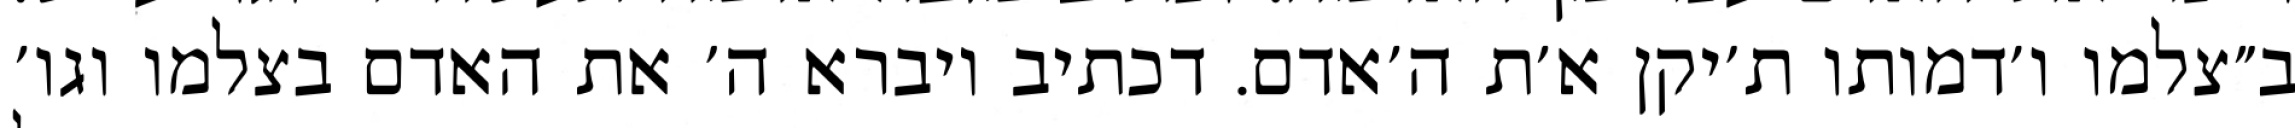
ב״צלמו ו׳דמותו ת׳יקן א׳ת ה׳אדם. דכתיב ויברא ה׳ את האדם בצלמו וגו׳